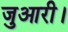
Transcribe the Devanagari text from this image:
जुआरी।